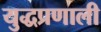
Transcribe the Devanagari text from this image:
युद्धप्रणाली